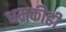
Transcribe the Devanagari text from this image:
धमकीही